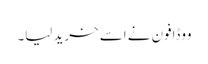
ووڈافون نے اسے خرید لیا۔